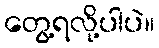
တွေ့ရလို့ပါပဲ။